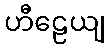
ဟီဠေယျ